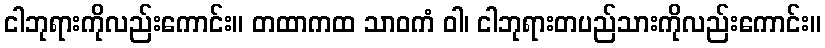
ငါဘုရားကိုလည်းကောင်း။ တထာကထ သာဝကံ ဝါ၊ ငါဘုရားတပည်သားကိုလည်းကောင်း။